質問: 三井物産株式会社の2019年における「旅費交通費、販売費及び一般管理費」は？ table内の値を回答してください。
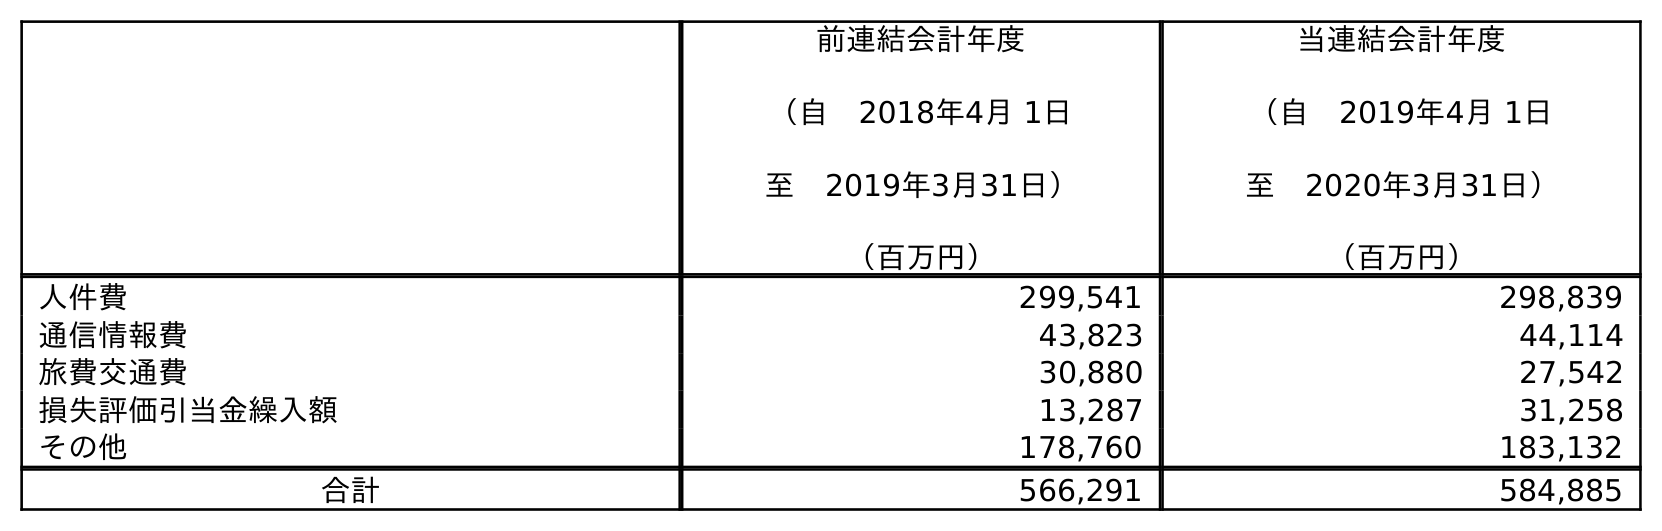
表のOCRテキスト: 前連結会計年度 （自 2018年4月 1日 至 2019年3月31日） （百万円） 当連結会計年度 （自 2019年4月 1日 至 2020年3月31日） （百万円） 人件費 299,541 298,839 通信情報費 43,823 44,114 旅費交通費 30,880 27,542 損失評価引当金繰入額 13,287 31,258 その他 178,760 183,132 合計 566,291 584,885
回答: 30,880